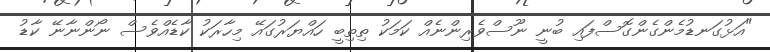
"އަޅުގަނޑުމެންގެންގޮސްފައި ބުނީ ނޫސްވެރިންނެއް ކަމަކު ތިތިބީ ހައްޔަރުގައޭ މިހާރަކު ކާޑެއްވެސް ނޯންނާނޭ ކާޑު